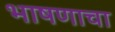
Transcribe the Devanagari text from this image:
भाषणाचा